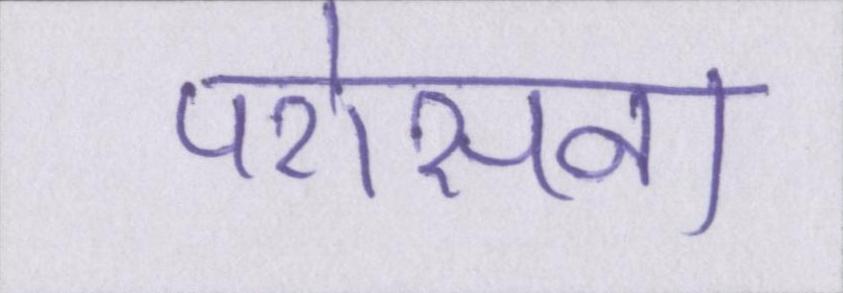
परोसना